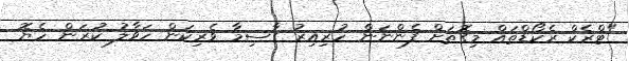
"ޓްރެކް ރެކޯޑްތައް މިގޮތަށް ފެންނަން ހުރިއިރު ގާސިމާ ވެރިކަން ހަވާލު ކުރަން ހެޔޮ